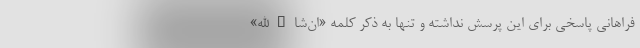
فراهانی پاسخی برای این پرسش نداشته و تنها به ذکر کلمه «ان‌شاءالله»